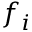
f _ { i }